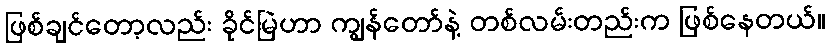
ဖြစ်ချင်တော့လည်း ခိုင်မြဲဟာ ကျွန်တော်နဲ့ တစ်လမ်းတည်းက ဖြစ်နေတယ်။